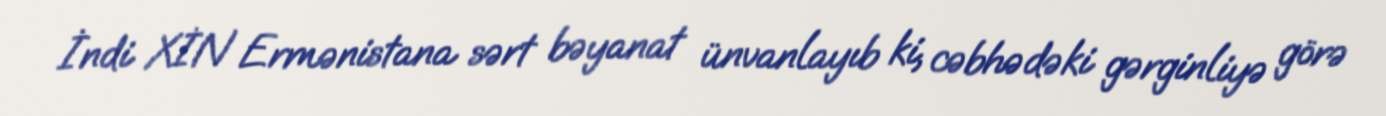
İndi XİN Ermənistana sərt bəyanat ünvanlayıb ki, cəbhədəki gərginliyə görə